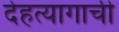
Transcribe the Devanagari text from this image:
देहत्यागाची